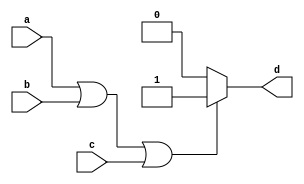
module or3gate(input a,b,c,output reg d);

always@(*)
begin
if((a==1) || (b==1) || (c==1))
begin
d=1;
end
else
begin
d=0;
end
end
endmodule
module branchpredictor(input [6:0] ins,
input clk,
input [4:0]currentadd,
additionadd,
input branch,
input flag,
output reg reset,
output reg branchop,
output  [4:0] add,
output w1,w2,w3,w4,w5,
output reg  [2:0] count,
output reg  [ 4:0] currentreg,addreg);
reg [6:0] instemp;
reg  branching [6:0];
//reg  [2:0] count;
 //output reg  [ 4:0] currentreg,addreg;
initial
begin
reset=0;
branching[0]=1;
branching[1]=1;
branching[2]=1;
branching[3]=1;
branching[4]=1;
branching[5]=1;
branching[6]=1;
end



always@(negedge clk)
begin

if(ins[6:0]!=7'b1100011)
begin
instemp=ins;
branchop=0;
end
else if(ins[6:0]==7'b1100011)
begin
currentreg=currentadd+additionadd;
addreg=currentadd+1;
case(instemp)

7'b0000011:  begin//lw
branchop=branching[0];
count=0;
end
7'b0010011 :  begin//I type
branchop=branching[1];
count=1;
end
7'b0100011:  begin//sw
branchop=branching[2];
count=1;
end
7'b0110011:  begin//R type
branchop=branching[3];
count=2;
end
7'b0110111 :  begin//U type
branchop=branching[4];
count=3;
end
7'b1101111:  begin //jal
branchop=branching[5];
count=4;

end
default:
begin
branchop=0;
count=6;
end
endcase

end

/*

if (branch) begin
    if (flag != branching[count]) begin
        reset = 1;
        branching[count] = ~branching[count];
    end else begin
        reset = 0;
        // branching[count] remains unchanged
    end
end 
else begin
    reset = 0;
    // branching[count] remains unchanged
end
*/
//add=(branching[count]==1)?(currentreg):(addreg);
 end

always@(negedge clk)
begin
if(branch)
begin
if(flag!=branching[count])
begin
branching[count]<=~branching[count];
reset<=1;

end
else
begin

reset<=0;
end
end
else
begin
reset<=0;
end

end

 assign add=(branching[count])?(currentreg):(addreg);
assign w1=branching[0];
assign w2=branching[1];
assign w3=branching[2];
assign w4=branching[3];
assign w5=branching[4];


endmodule